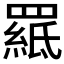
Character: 𦌅